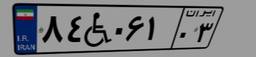
۸۴W۰۶۱۰۳